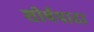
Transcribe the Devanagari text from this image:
शीर्षपादा